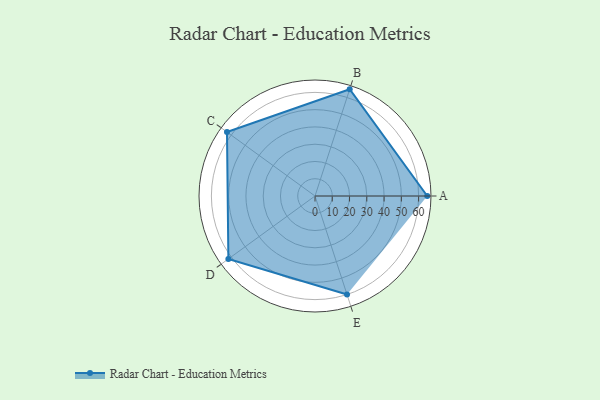
{"axis": {"x": "Skill", "y": "Score"}, "legend": ["Profile"], "data": [{"x": "A", "y": 65.0, "type": "Profile"}, {"x": "B", "y": 65.0, "type": "Profile"}, {"x": "C", "y": 63.0, "type": "Profile"}, {"x": "D", "y": 62.0, "type": "Profile"}, {"x": "E", "y": 60.0, "type": "Profile"}]}